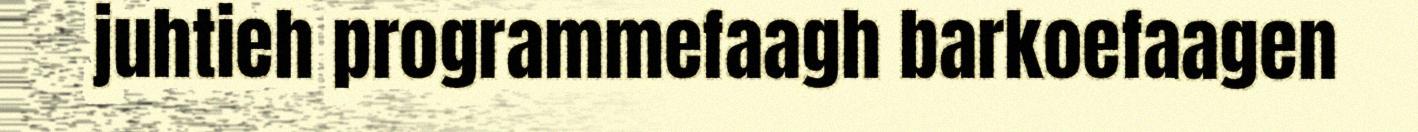
juhtieh programmefaagh barkoefaagen